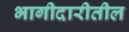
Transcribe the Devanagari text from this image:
भागीदारीतील